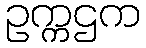
ဥက္ကဌက